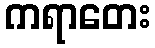
ကရာတေး